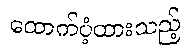
ထောက်ပံ့ထားသည့်